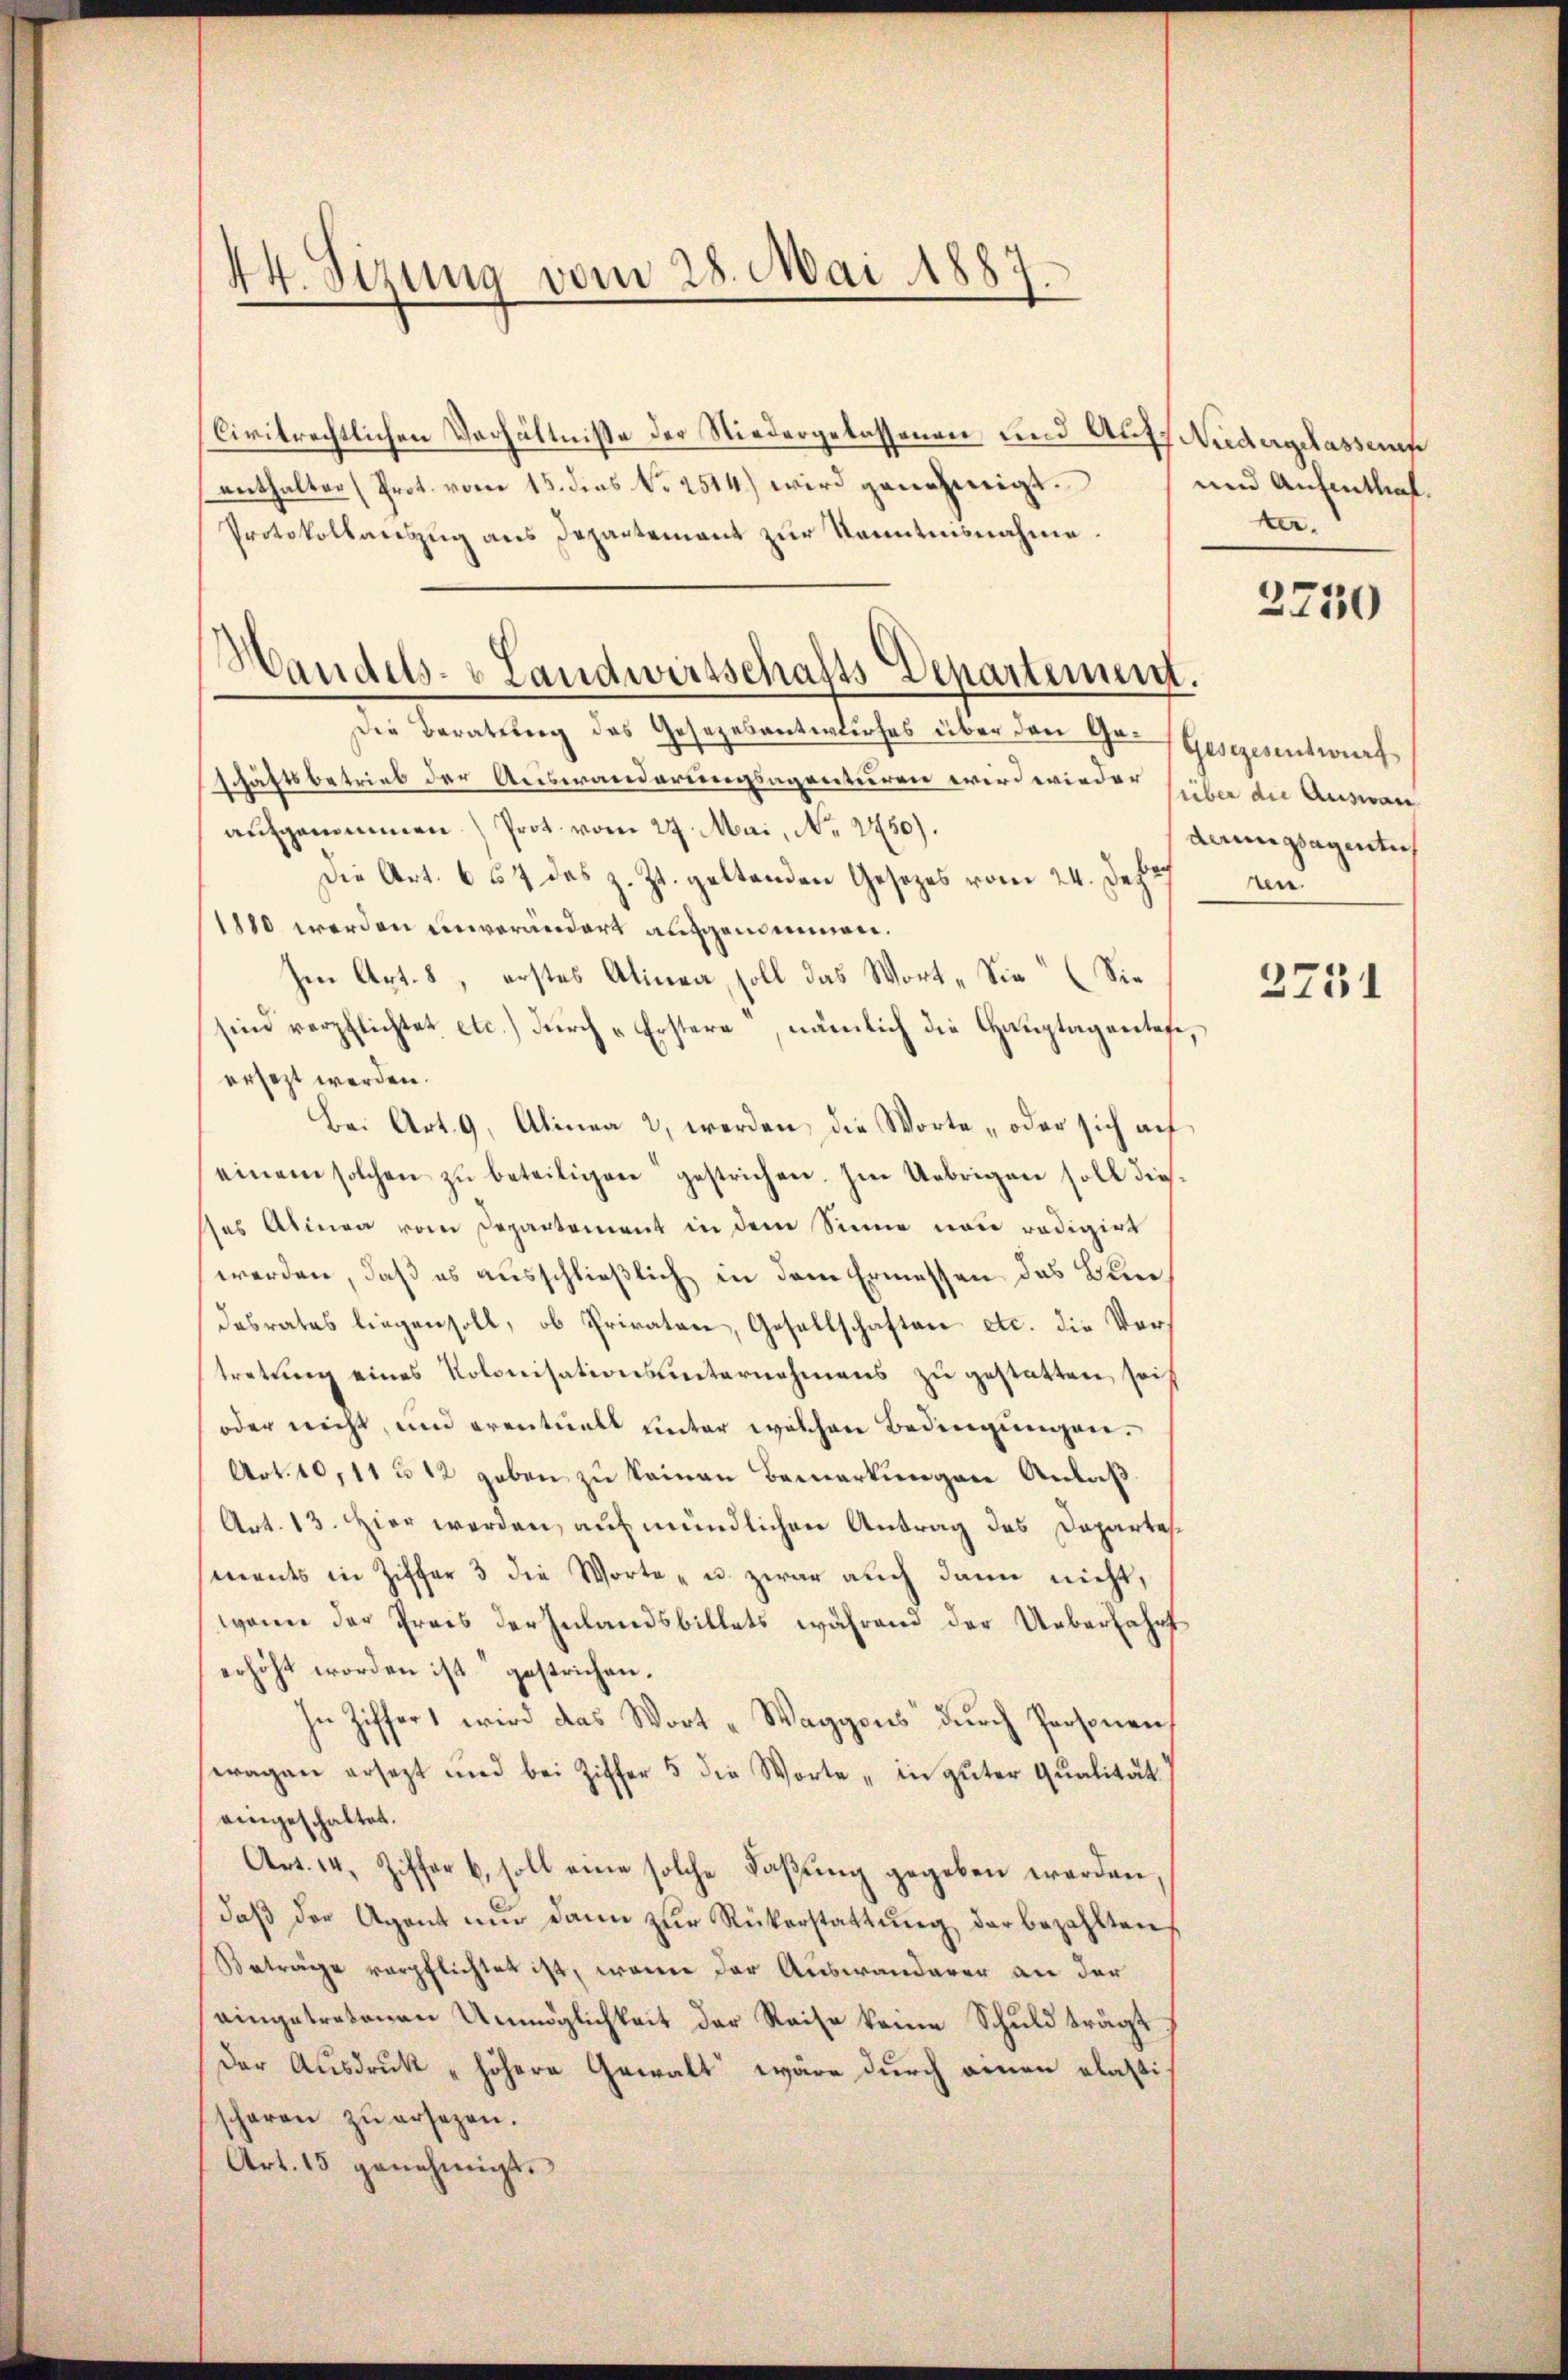
44. Sizung vom 28. Mai 1887.

Civitrechtlichen Verhältniße der Niedergelassenen und Aufs Niedergelassens
enthalter (Prot. vom 15. dies N. 2514) wird genehmigt.
Protokollaŭszŭg ans Departement zur Kenntnisnahme.
Die Beratung des Gesetzesentwurfes über den Ge-Gesezesentwurf
häftsbetrieb der Auswanderungsagenturen wird wieden siehen die Auswan
i
aufgenommen.) Prot. vom 27. Mai, N. 2750).
Die Art. 657 das z. Zt. geltenden Gesetzes vom 24. Dez.
1880 werden unverändert aufgeneinnen.
Im Art. 8, erstes Alinea, soll das Wort „Sie“ (Sie
sind verpflichtet etc.) durch „Erstere, nämlich die Hauptagentefe,
ersezt werden.
Bei Art. 9, Alinea 2 werden, die Worte „oder sich auf
einem solchen zŭ beteiligen gestrichen. Im Uebrigen soll die
das Alinea vom Departement in dem Sinne neu redigirt
werden, daß es ausschließlich in dem Ermessen das Bundesrates liegen soll, ob Privaten, Gesellschaften etc. die Vertretung eines Kolonisationsunternehmens zu gestatten, sof
oder nicht, und eventuell unter welchen Bedingungen.
Art. 10,11 u 12 geben zu keinen Bemerkungen Anlaß
Art. 13. Hier werden, auf mündlichen Antrag des Departes
ments in Ziffer 3 die Worte - u. zwar auch dann nicht,
wenn der Preis der Zulandsbillets während der Ueberfahrt
erhöht worden ist gestrichen.
In Ziffert wird das Wort „Waggons dŭrch Personen,
eragen ersezt und bei Ziffer 5 die Worte „in guter Qualität
eingeschaltet.
Art. 14. Ziffer b. soll eine solche Faβŭng gegeben werden,
daβ der Agent nŭr dann zŭr Rükerstattŭng der bezahlten
Beträge verpflichtet ist, wenn der Auswanderer an der
eingetretenen Unmöglichkeit der Reise keine Schuld trägt
Der Ausdruck „höhere Gewalt wäre durch einen elastischaren zŭ ersetzen.
Art. 15 genehmigt.

Handels- & Landwirtschafts Departement.

und Aufenthal.
ter.

2750

derungsagentuch
ren.

2731